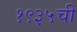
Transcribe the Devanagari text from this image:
१९३५ची